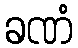
ခဏံ